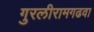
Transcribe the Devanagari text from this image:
गुरलीरामगढवा